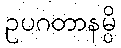
ဥပဂတာနမ္ပိ